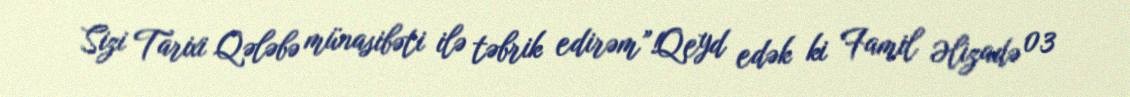
Sizi Tarixi Qələbə münasibəti ilə təbrik edirəm”!Qeyd edək ki Famil Əlizadə 03